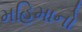
મહિમાનો